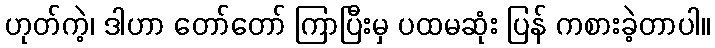
ဟုတ်ကဲ့၊ ဒါဟာ တော်တော် ကြာပြီးမှ ပထမဆုံး ပြန် ကစားခဲ့တာပါ။